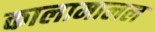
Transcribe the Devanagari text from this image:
कालामालल